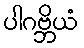
ပါဂဗ္ဘိယံ